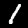
Label: 1